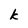
Character: k